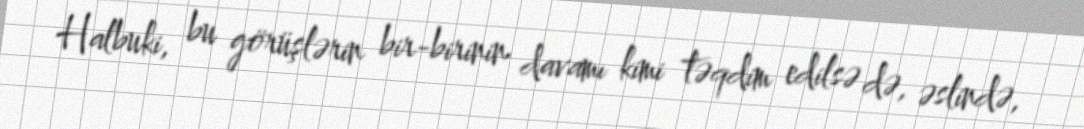
Halbuki, bu görüşlərin bir-birinin davamı kimi təqdim edilsə də, əslində,